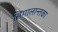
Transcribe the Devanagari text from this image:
सिंगालान्तका